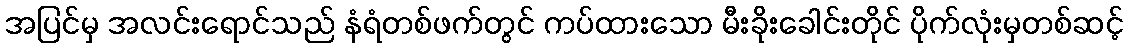
အပြင်မှ အလင်းရောင်သည် နံရံတစ်ဖက်တွင် ကပ်ထားသော မီးခိုးခေါင်းတိုင် ပိုက်လုံးမှတစ်ဆင့်